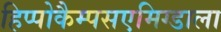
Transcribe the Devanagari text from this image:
हिप्पोकैम्पसएमिग्डाला